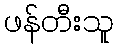
ဖန်တီးသူ